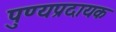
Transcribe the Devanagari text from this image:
पुण्यप्रदायक